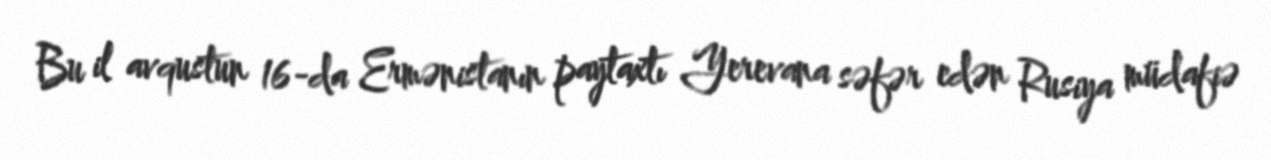
Bu il avqustun 16-da Ermənistanın paytaxtı Yerevana səfər edən Rusiya müdafiə